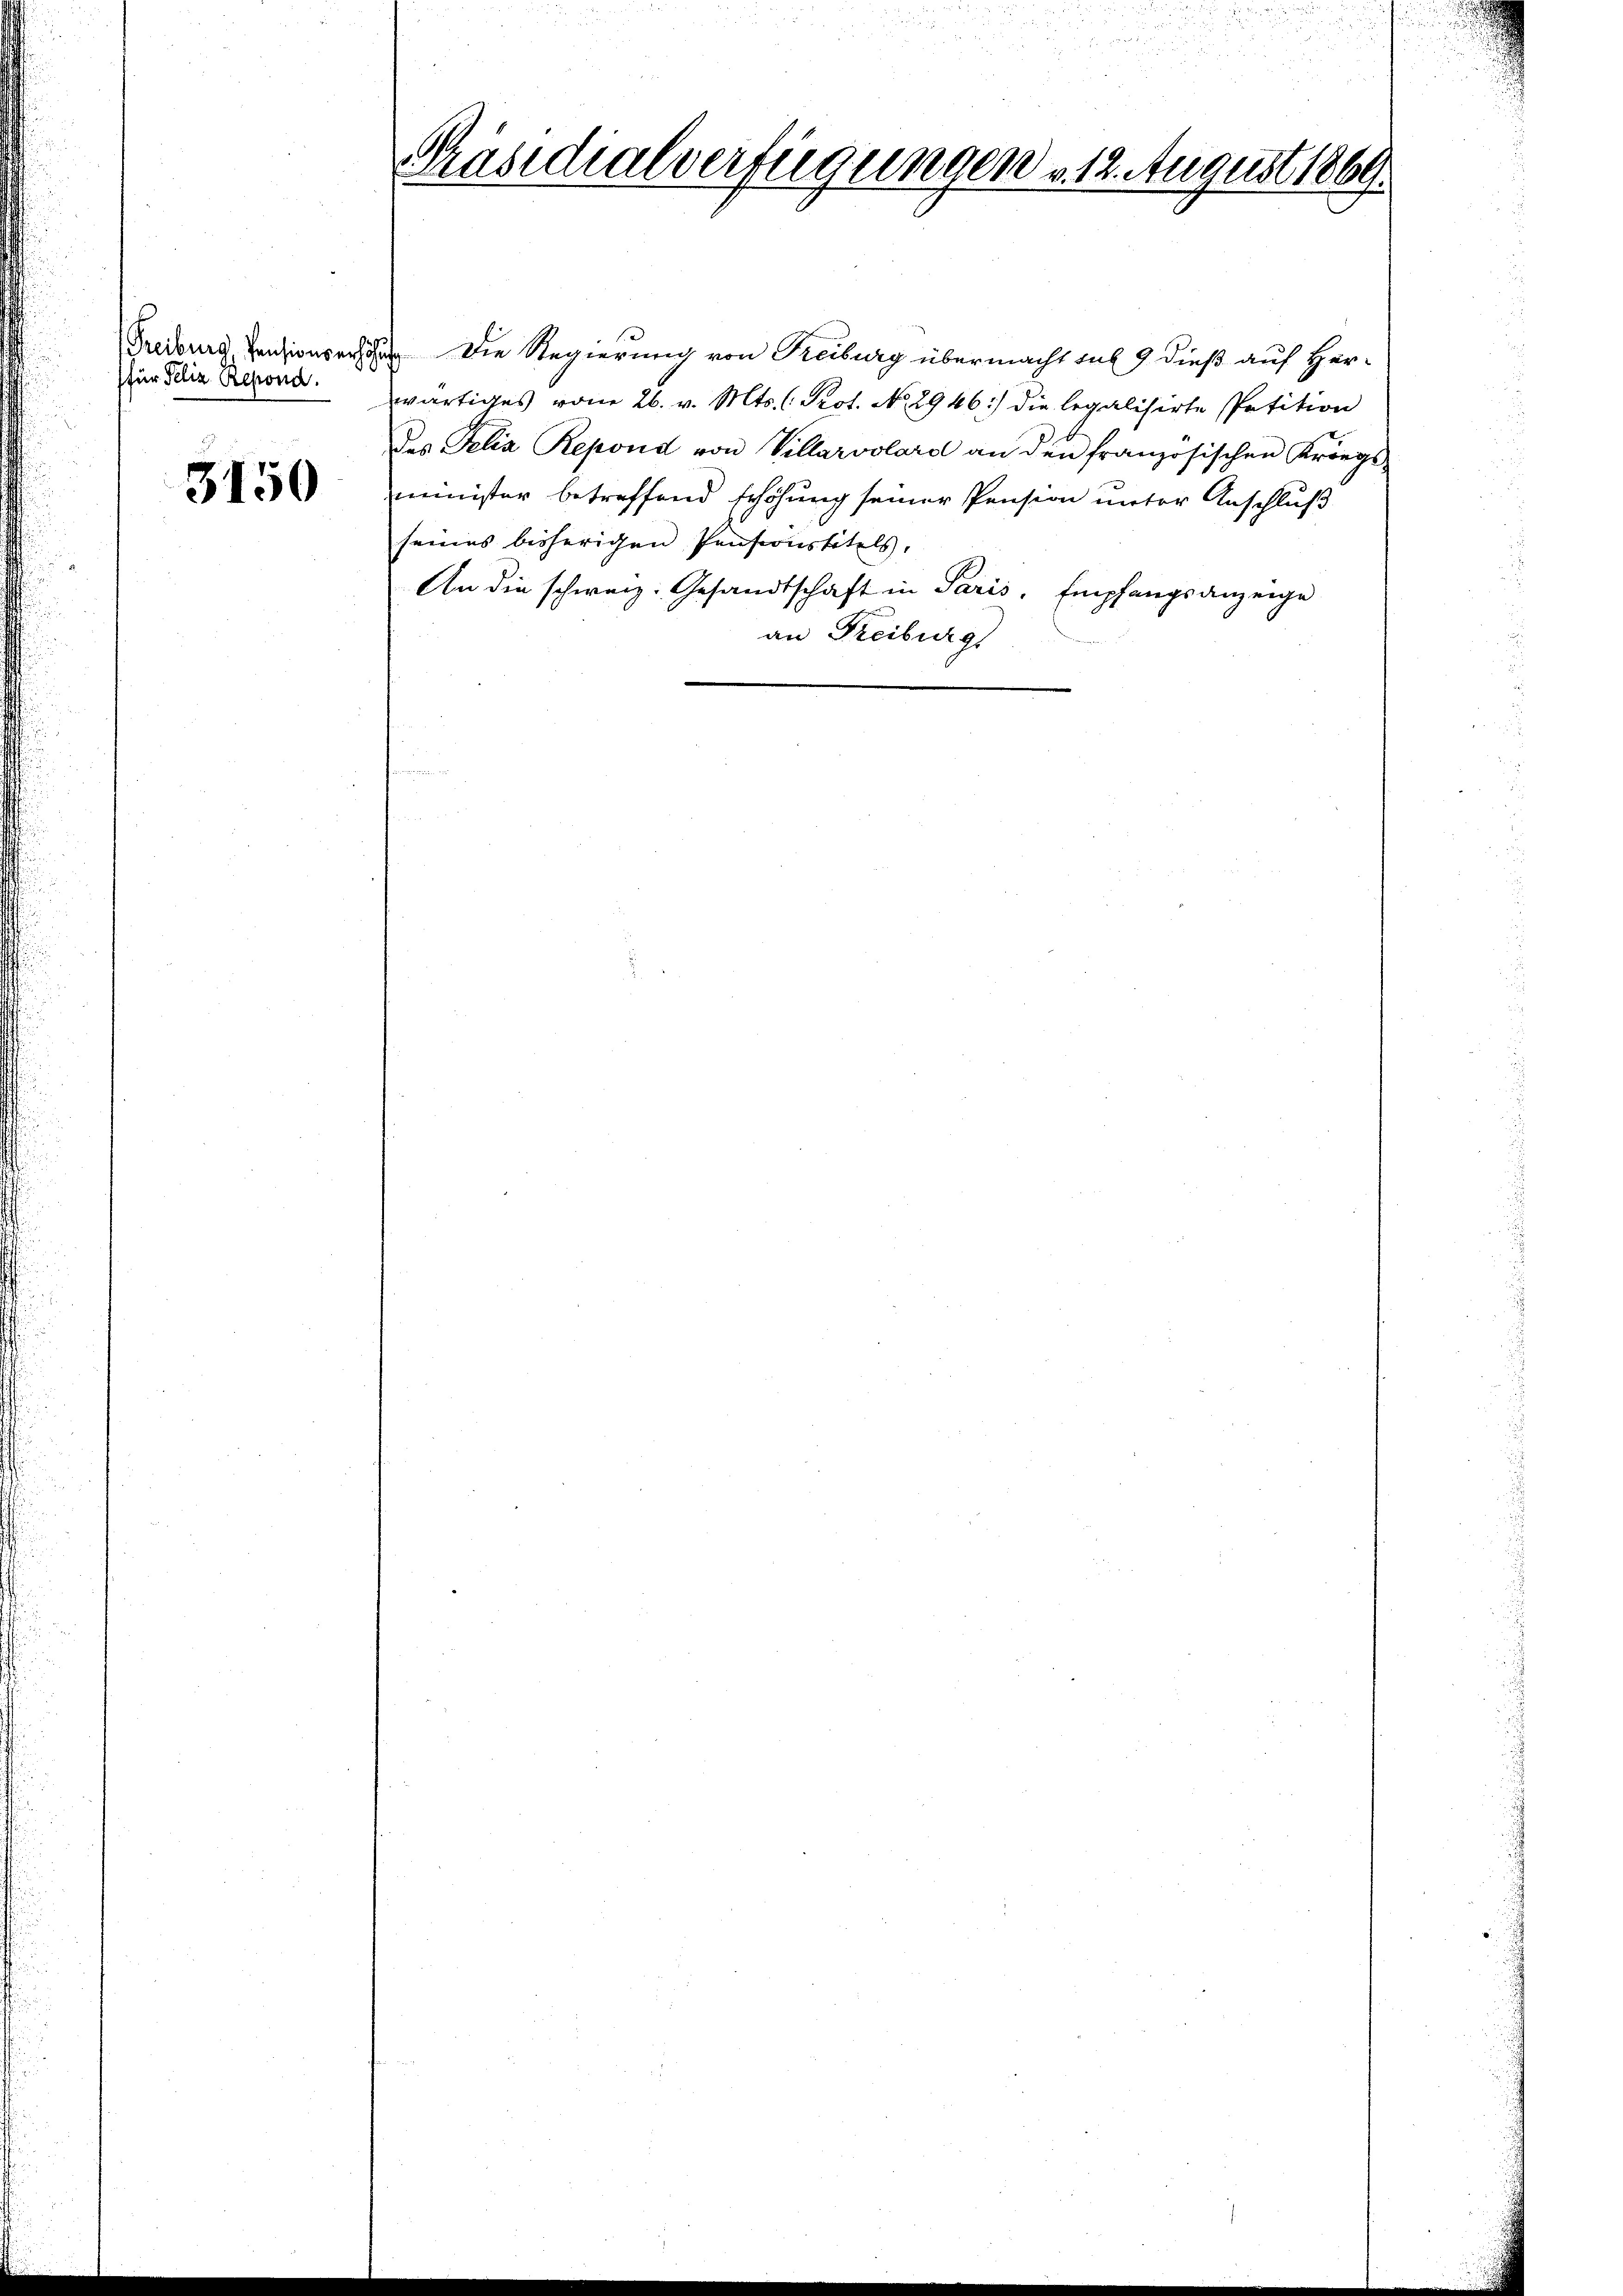
(für Peliz. Resond.

3150

Präsidialverfügungen v. 12. August 1869.

Freiburg, Pensionser Die Regierung von Reiburg übermacht sub 9 dieß auf Herwärtiges vom 26. v. Mts. (Prot. No. 2946: die legalisirte Petition
des Felia Repond von Villarvolard an den französischen Kriegs-
minister betreffend Erhöhung seiner Pension unter Anschluß
seines bisherigen Pensionstitels,
An die schweiz. Gesandtschaft in Paris, Empfangsanzeige
an Freiburg

.
n